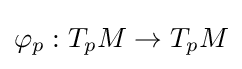
\varphi _{p}:T_{p}M\to T_{p}M